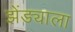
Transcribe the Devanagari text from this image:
झेंड्याला